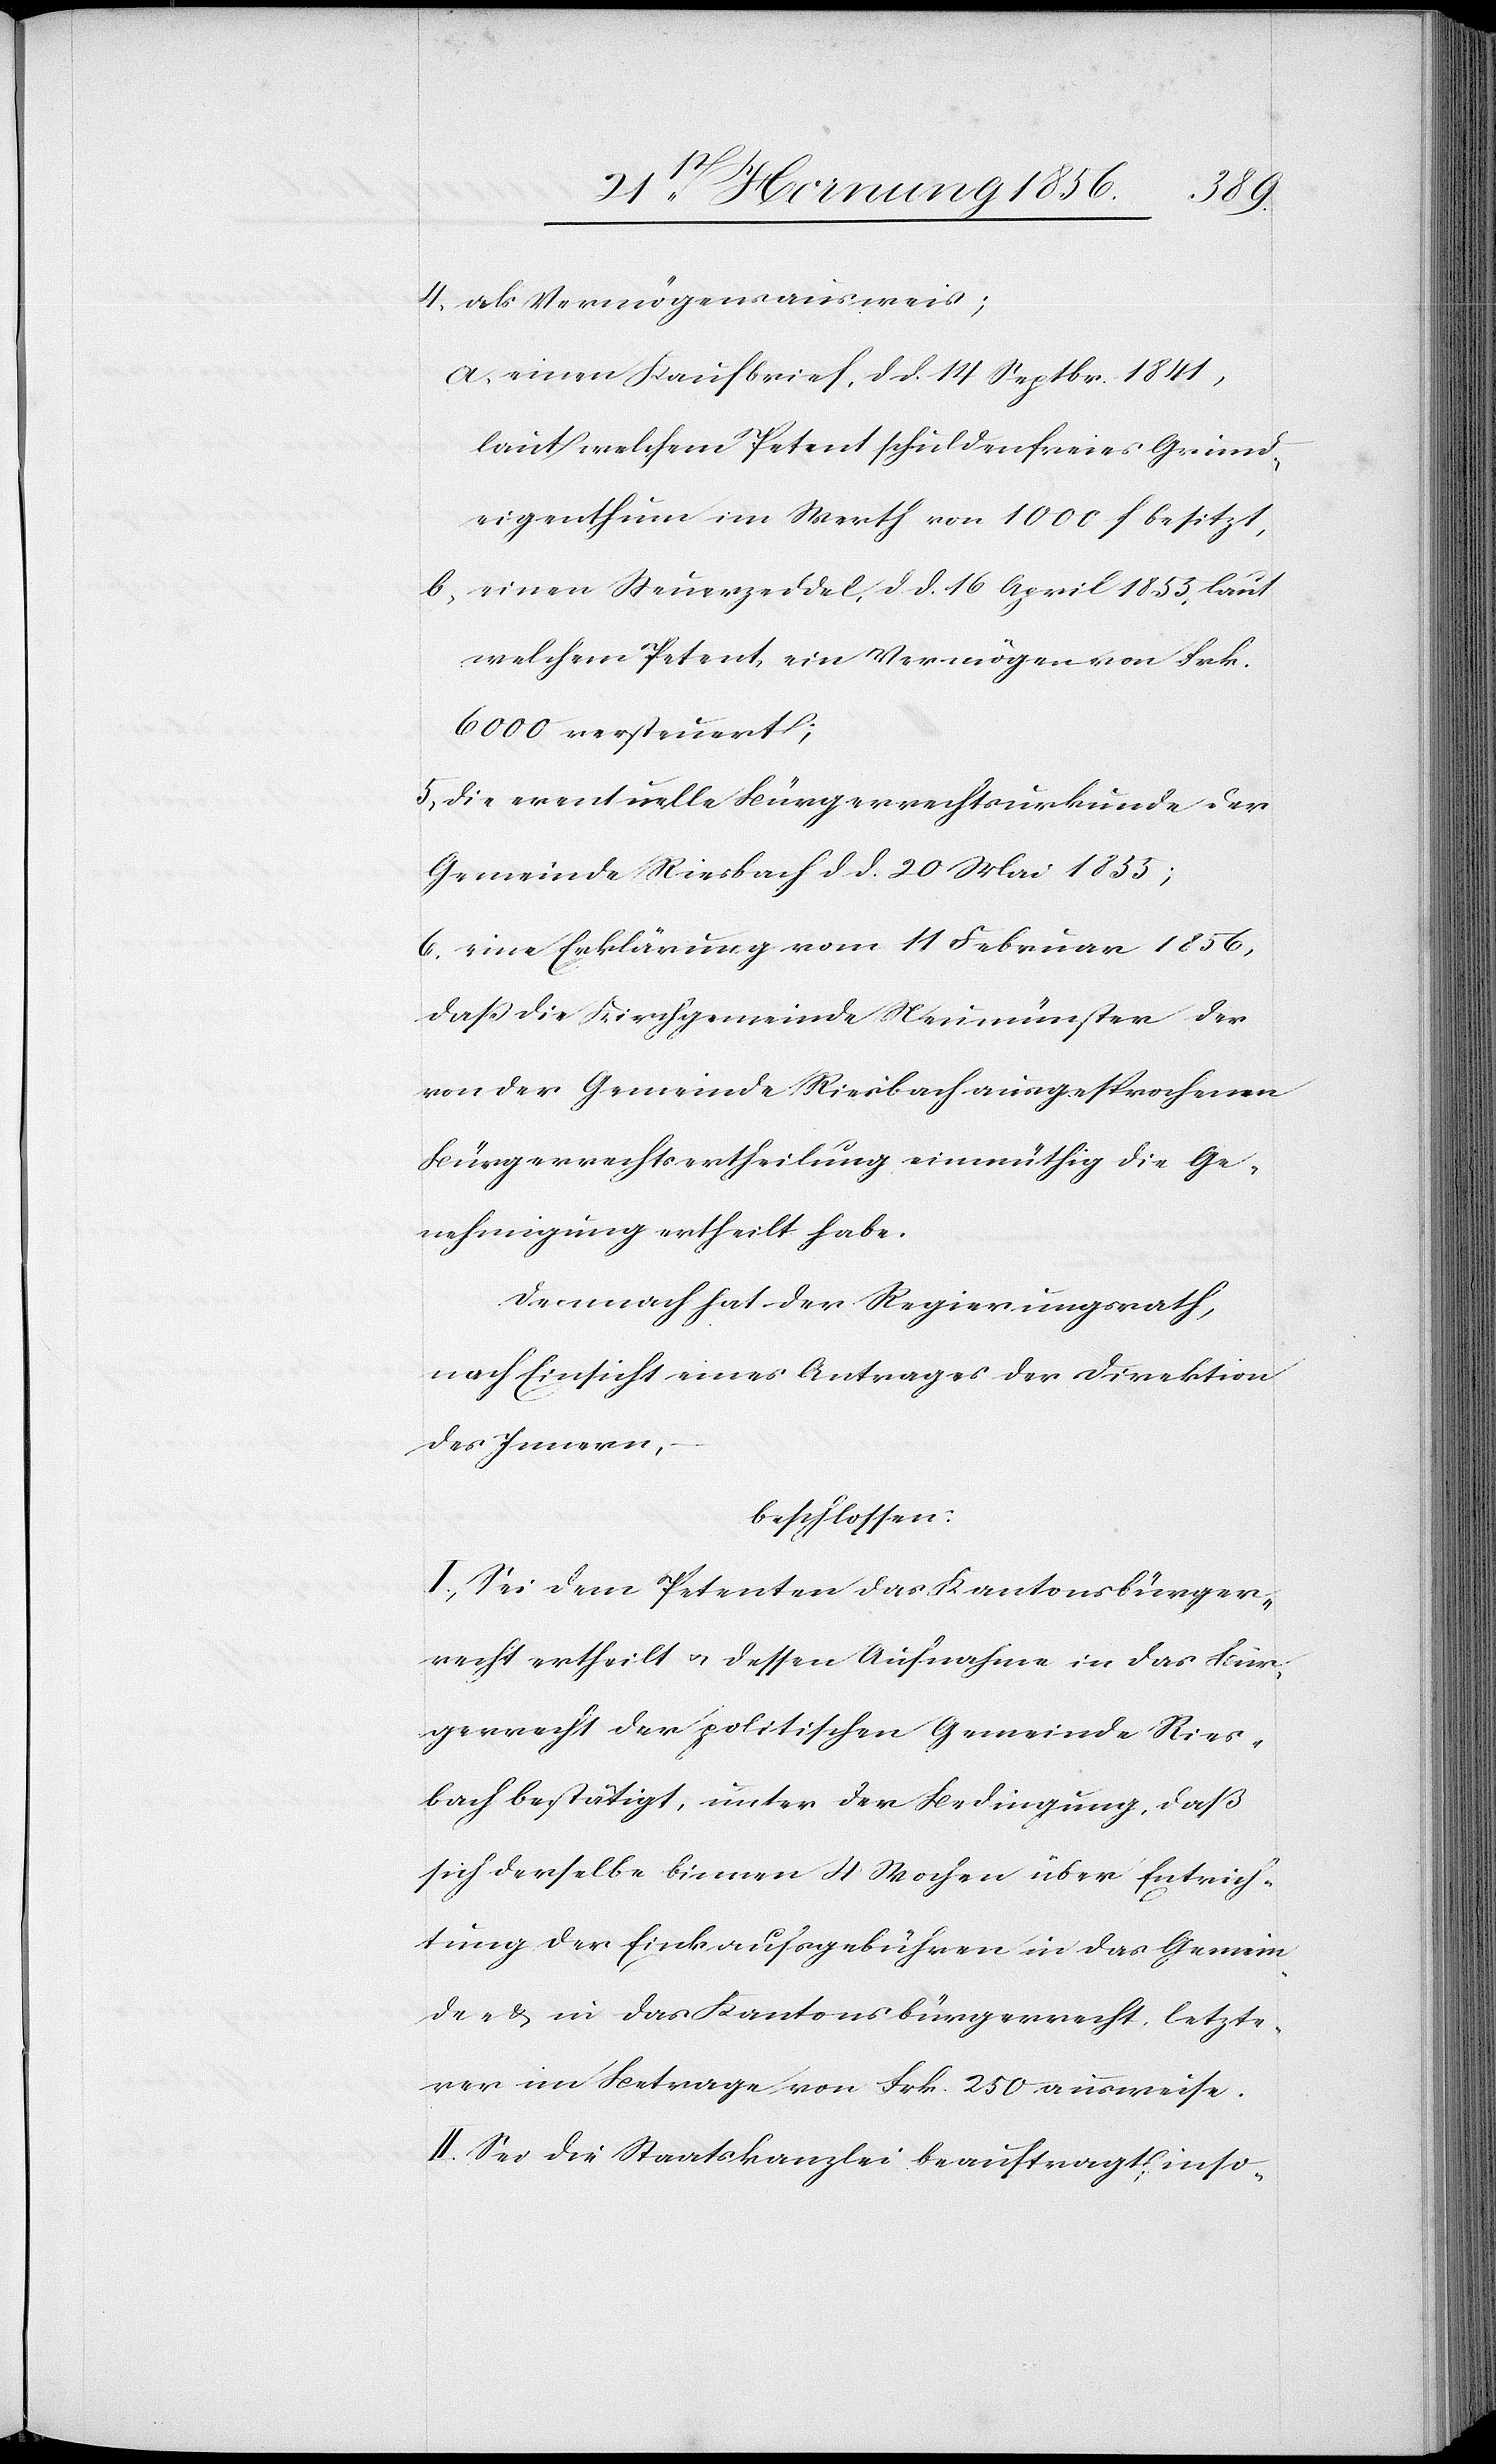
4, als Vermögensausweis;
a, einen Kaufbrief, d d. 14 Septbr. 1841,
laut welchem Petent schuldenfreies Grund¬
eigenthum im Werth von 1000 f besitzt,
b, einen Steuerzeddel, d. d. 16 April 1855, laut
welchem Petent, ein Vermögen von Frk.
6000 versteuert;
5., die eventuelle Bürgerrechtsurkunde der
Gemeinde Riesbach d. d. 20 Mai 1855;
6. eine Erklärung vom 11 Februar 1856,
daß die Kirchgemeinde Neumünster der
von der Gemeinde Riesbach ausgesprochenen
Bürgerrechtsertheilung einmüthig die Ge¬
nehmigung ertheilt habe.
Demnach hat der Regierungsrath,
nach Einsicht eines Antrages der Direktion
des Innern,
beschlossen:
I., Sei dem Petenten das Kantonsbürger¬
recht ertheilt u. dessen Aufnahme in das Bür¬
gerrecht der politischen Gemeinde Ries¬
bach bestätigt, unter der Bedingung, daß
sich derselbe binnen 4 Wochen über Entrich¬
tung der Einkaufsgebühren in das Gemein¬
de- & in das Kantonsbürgerrecht, letzte¬
rer im Betrage von Frk. 250 ausweise.
II. Sei die Staatskanzlei beauftragt, inso-